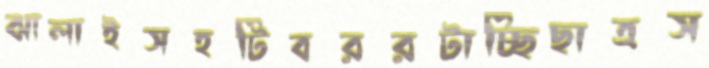
ঝালাইসহটিবররটাচ্ছিছাত্রস